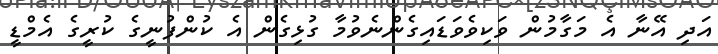
އަދި އޭނާ އެ މަގާމުން ވަކިވެވަޑައިގެންނެވުމާ ގުޅިގެން އެ ކުންފުނީގެ ކުރީގެ އެމްޑީ